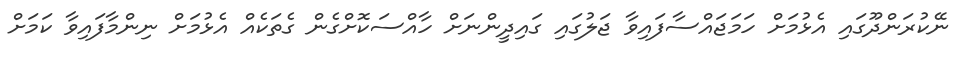
ނޭކުރަންދޫގައި އެޅުމަށް ހަމަޖައްސާފައިވާ ޖަލުގައި ގައިދީންނަށް ހާއްސަކޮށްގެން ގެތަކެއް އެޅުމަށް ނިންމާފައިވާ ކަމަށް